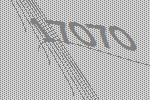
17070